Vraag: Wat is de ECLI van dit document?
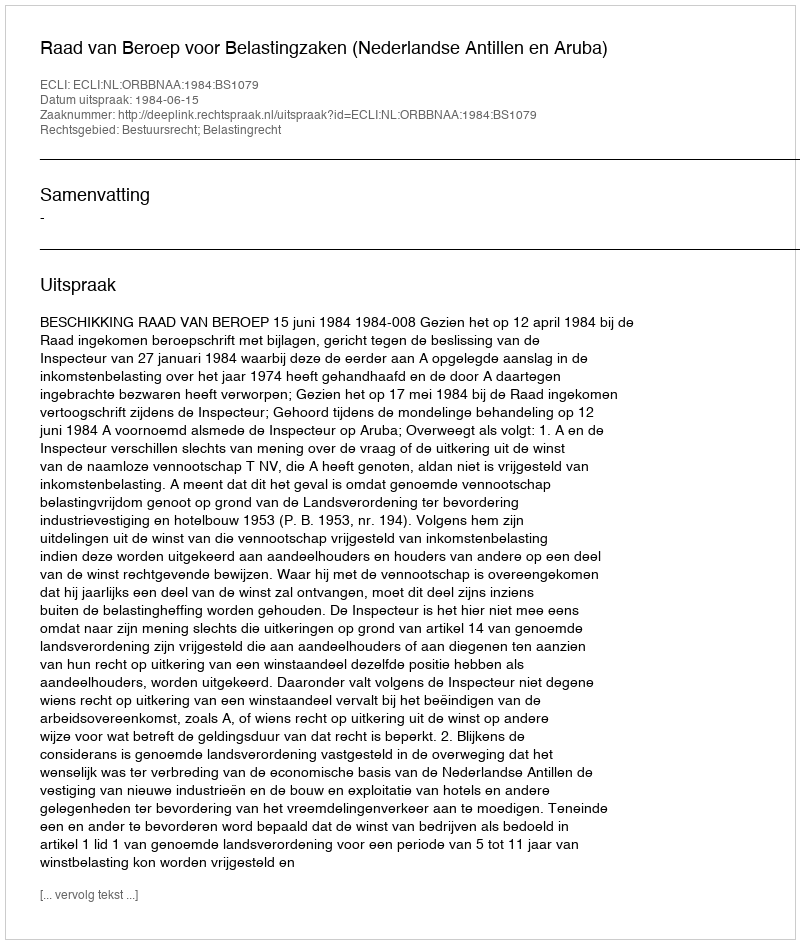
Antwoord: ECLI:NL:ORBBNAA:1984:BS1079